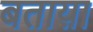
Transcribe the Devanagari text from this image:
बताय़ा